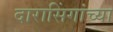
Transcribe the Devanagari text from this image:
दारासिंगांच्या